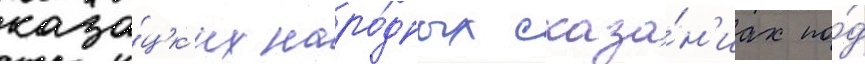
каза́цк'их наро́дных сказа́н'иах по́д